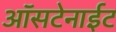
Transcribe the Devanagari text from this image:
ऑसटेनाईट